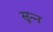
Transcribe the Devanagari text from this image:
सुन्‍न